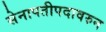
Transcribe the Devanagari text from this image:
सेनापतीपदावरुन